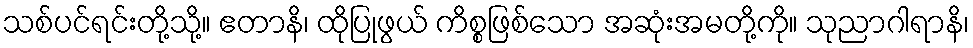
သစ်ပင်ရင်းတို့သို့။ ဧတာနိ၊ ထိုပြုဖွယ် ကိစ္စဖြစ်သော အဆုံးအမတို့ကို။ သုညာဂါရာနိ၊